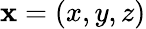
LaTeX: \mathbf{x}=(x,y,z)